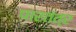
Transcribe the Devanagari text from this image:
पारतंत्र